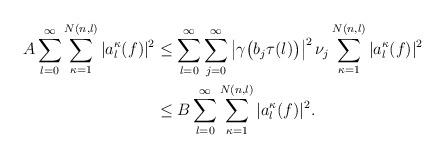
LaTeX: \begin{align*}A\sum_{l=0}^\infty\sum_{\kappa=1}^{N(n,l)}|a_l^\kappa(f)|^2 &\leq\sum_{l=0}^\infty\sum_{j=0}^\infty\left|\gamma\bigl(b_j\tau(l)\bigr)\right|^2\nu_j\sum_{\kappa=1}^{N(n,l)}|a_l^\kappa(f)|^2\\&\leq B\sum_{l=0}^\infty\sum_{\kappa=1}^{N(n,l)}|a_l^\kappa(f)|^2.\end{align*}